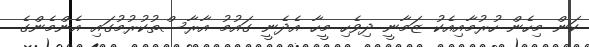
ކަން މިހެން ހުރުމާއިއެކު ޒަމާނީ ދިވެހި މީހާ އެދެނީ ގައުމު އާރާސްތުކުރުމުގައި އެންމެންގެ